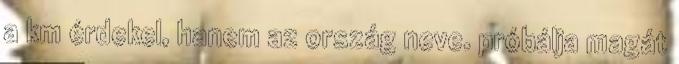
a km érdekel, hanem az ország neve. próbálja magát